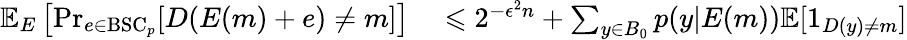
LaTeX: \begin{array}{rlrl}{\mathbb{E}_{E}\left[\operatorname*{Pr}_{e\in{\mathrm{BSC}}_{p}}[D(E(m)+e)\neq m]\right]}&{{}\leqslant 2^{-{\epsilon^{2}}n}+\sum_{y\in B_{0}}p(y|E(m))\mathbb{E}[1_{D(y)\neq m}]}\end{array}